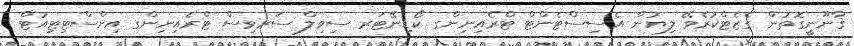
ޤާނޫނީގޮތުން ގެޒެޓްކުރެވޭ ލިޔުން އެސިސްޓެންޓް ޓްރެއިނިންގ ކޯޑިނޭޓަރ ސިވިލް ސަރވިސް ޓްރެއިނިންގ އިންސްޓިޓިއުޓް